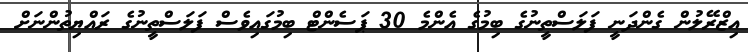
އިޒްރޭލުން ގެންދަނީ ފަލަސްތީނުގެ ބިމުގެ އެންމެ 30 ޕަސެންޓް ބިމުގައިވެސް ފަލަސްތީނުގެ ރައްޔިތުންނަށް